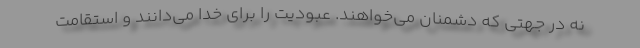
نه در جهتی که دشمنان می‌خواهند. عبودیت را برای خدا می‌دانند و استقامت